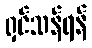
ရှင်သန်ရန်